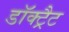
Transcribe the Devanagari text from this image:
डॉक्ट्रैट